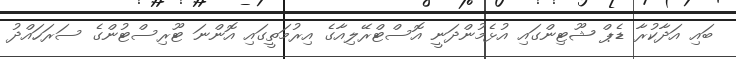
ބައި އަދާކުރާ ޑެޕް ޝޫޓިންގައި އުޅެމުންދަނީ އޮސްޓްރޭލިއާގެ އިރުމަތީގައި އޮންނަ ޓޫރިސްޓުންގެ ސަރަހައްދު